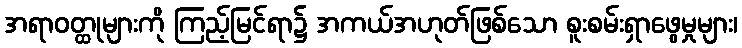
အရာဝတ္ထုများကို ကြည့်မြင်ရာ၌ အကယ်အဟုတ်ဖြစ်သော စူးစမ်းရှာဖွေမှုများ၊